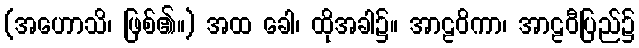
(အဟောသိ၊ ဖြစ်၏။) အထ ခေါ၊ ထိုအခါ၌။ အာဠဝိကာ၊ အာဠဝီပြည်၌